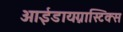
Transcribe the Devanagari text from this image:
आईडायग्नास्टिक्स